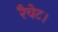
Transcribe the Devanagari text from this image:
रैचेट।